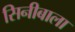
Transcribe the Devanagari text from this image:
सिनीबाला